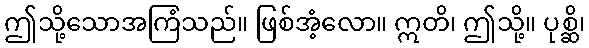
ဤသို့သောအကြံသည်။ ဖြစ်အံ့လော။ ဣတိ၊ ဤသို့။ ပုစ္ဆိ၊